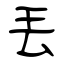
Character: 丟